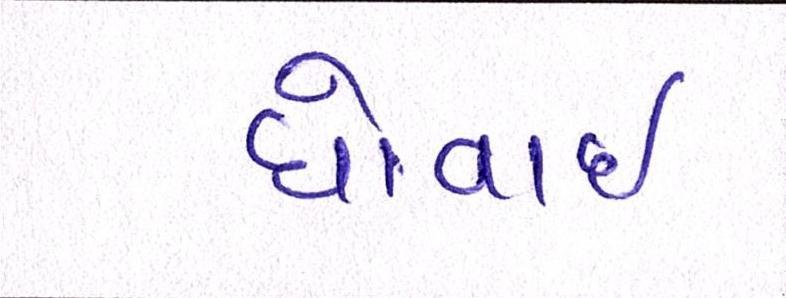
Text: ધોવાઇ